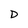
Character: D